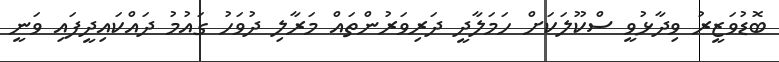
ބޮޑުވަޒީރު ވިދާޅުވީ ސްކޫލަކަށް ހަމަލާދީ ދަރިވަރުންތައް މަރާލި ދުވަހު ގައުމު ދައްކައިދީފަައި ވަނީ